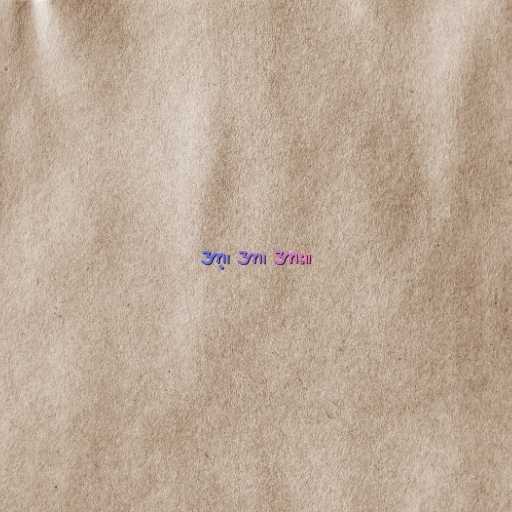
အာ့၊ အာ၊ အား။